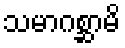
သမာဂစ္ဆာမိ